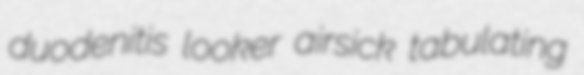
duodenitis looker airsick tabulating